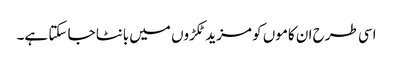
اسی طرح ان کاموں کو مزید ٹکڑوں میں بانٹا جا سکتا ہے۔